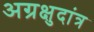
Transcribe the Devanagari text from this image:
अग्रक्षुदांत्र